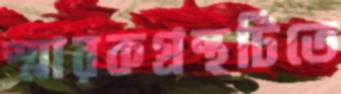
স্মারকগ্রন্থটিতে